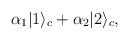
LaTeX: \begin{align*}\alpha_1 |1\rangle_c + \alpha_2 |2\rangle_c,\end{align*}